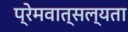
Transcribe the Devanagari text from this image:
प्रेमवात्सल्यता